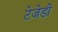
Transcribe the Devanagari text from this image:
टेजेडी